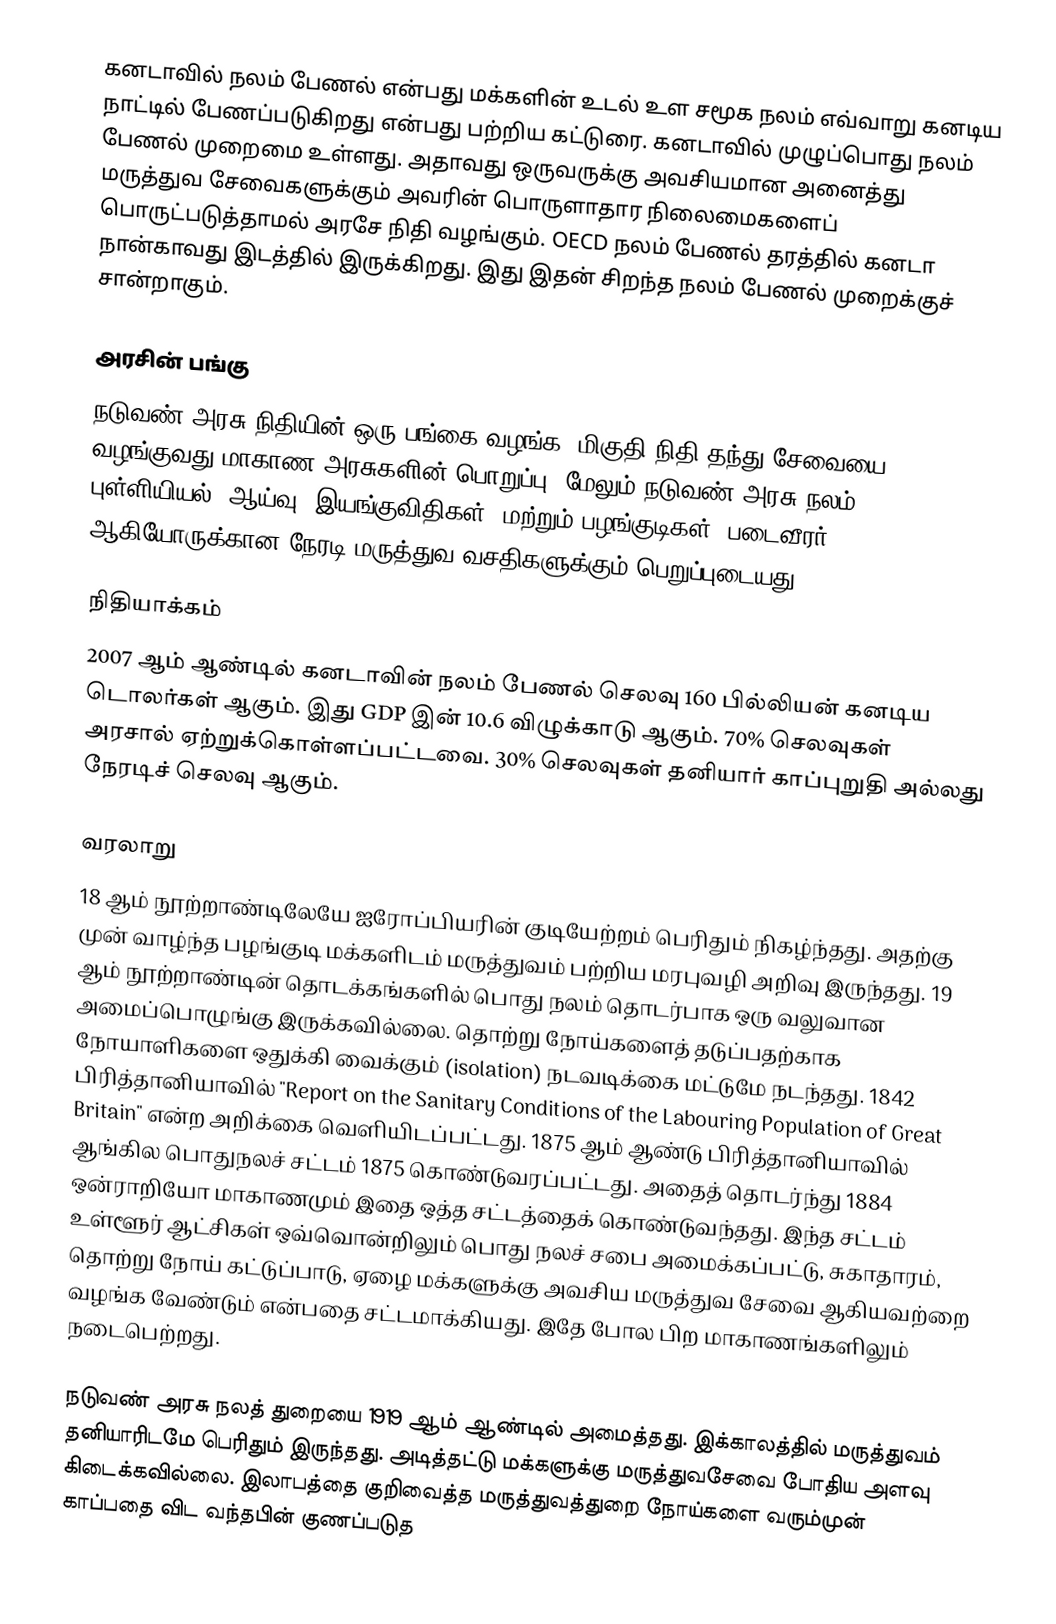
கனடாவில் நலம் பேணல் என்பது மக்களின் உடல் உள சமூக நலம் எவ்வாறு கனடிய நாட்டில் பேணப்படுகிறது என்பது பற்றிய கட்டுரை. கனடாவில் முழுப்பொது நலம் பேணல் முறைமை உள்ளது. அதாவது ஒருவருக்கு அவசியமான அனைத்து மருத்துவ சேவைகளுக்கும் அவரின் பொருளாதார நிலைமைகளைப் பொருட்படுத்தாமல் அரசே நிதி வழங்கும். OECD நலம் பேணல் தரத்தில் கனடா நான்காவது இடத்தில் இருக்கிறது. இது இதன் சிறந்த நலம் பேணல் முறைக்குச் சான்றாகும்.

அரசின் பங்கு
நடுவண் அரசு நிதியின் ஒரு பங்கை வழங்க, மிகுதி நிதி தந்து சேவையை வழங்குவது மாகாண அரசுகளின் பொறுப்பு. மேலும் நடுவண் அரசு நலம் புள்ளியியல், ஆய்வு, இயங்குவிதிகள், மற்றும் பழங்குடிகள், படைவீரர் ஆகியோருக்கான நேரடி மருத்துவ வசதிகளுக்கும் பெறுப்புடையது.

நிதியாக்கம்
2007 ஆம் ஆண்டில் கனடாவின் நலம் பேணல் செலவு 160 பில்லியன் கனடிய டொலர்கள் ஆகும். இது GDP இன் 10.6 விழுக்காடு ஆகும். 70% செலவுகள் அரசால் ஏற்றுக்கொள்ளப்பட்டவை. 30% செலவுகள் தனியார் காப்புறுதி அல்லது நேரடிச் செலவு ஆகும்.

வரலாறு
18 ஆம் நூற்றாண்டிலேயே ஐரோப்பியரின் குடியேற்றம் பெரிதும் நிகழ்ந்தது. அதற்கு முன் வாழ்ந்த பழங்குடி மக்களிடம் மருத்துவம் பற்றிய மரபுவழி அறிவு இருந்தது. 19 ஆம் நூற்றாண்டின் தொடக்கங்களில் பொது நலம் தொடர்பாக ஒரு வலுவான அமைப்பொழுங்கு இருக்கவில்லை. தொற்று நோய்களைத் தடுப்பதற்காக நோயாளிகளை ஒதுக்கி வைக்கும் (isolation) நடவடிக்கை மட்டுமே நடந்தது.  1842 பிரித்தானியாவில் "Report on the Sanitary Conditions of the Labouring Population of Great Britain" என்ற அறிக்கை வெளியிடப்பட்டது. 1875 ஆம் ஆண்டு பிரித்தானியாவில் ஆங்கில பொதுநலச் சட்டம் 1875 கொண்டுவரப்பட்டது. அதைத் தொடர்ந்து 1884 ஒன்ராறியோ மாகாணமும் இதை ஒத்த சட்டத்தைக் கொண்டுவந்தது. இந்த சட்டம் உள்ளூர் ஆட்சிகள் ஒவ்வொன்றிலும் பொது நலச் சபை அமைக்கப்பட்டு, சுகாதாரம், தொற்று நோய் கட்டுப்பாடு, ஏழை மக்களுக்கு அவசிய மருத்துவ சேவை ஆகியவற்றை வழங்க வேண்டும் என்பதை சட்டமாக்கியது. இதே போல பிற மாகாணங்களிலும் நடைபெற்றது.

நடுவண் அரசு நலத் துறையை 1919 ஆம் ஆண்டில் அமைத்தது. இக்காலத்தில் மருத்துவம் தனியாரிடமே பெரிதும் இருந்தது. அடித்தட்டு மக்களுக்கு மருத்துவசேவை போதிய அளவு கிடைக்கவில்லை. இலாபத்தை குறிவைத்த மருத்துவத்துறை நோய்களை வரும்முன் காப்பதை விட வந்தபின் குணப்படுத